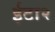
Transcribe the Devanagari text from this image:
ईटा२